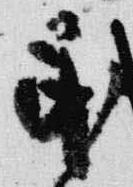
民